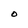
Character: O